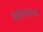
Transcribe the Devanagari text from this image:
फिट्जिराल्ड